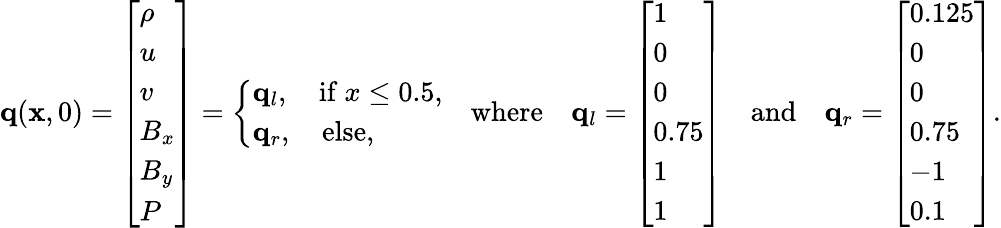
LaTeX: \mathbf{q}(\mathbf{x},0)=\left[\begin{array}{l}{\rho}\\ {u}\\ {v}\\ {B_{x}}\\ {B_{y}}\\ {P}\end{array}\right]=\left\{ \begin{array}{ll}{\mathbf{q}_{l},\quad\mathrm{if}\ x\leq 0.5,}\\ {\mathbf{q}_{r},\quad\mathrm{else},}\end{array}\right.\quad\mathrm{where}\quad\mathbf{q}_{l}=\left[\begin{array}{l}{1}\\ {0}\\ {0}\\ {0.75}\\ {1}\\ {1}\end{array}\right]\quad\mathrm{and}\quad\mathbf{q}_{r}=\left[\begin{array}{l}{0.125}\\ {0}\\ {0}\\ {0.75}\\ {-1}\\ {0.1}\end{array}\right].